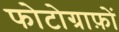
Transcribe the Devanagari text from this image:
फोटोग्राफ़ों